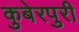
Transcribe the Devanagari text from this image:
कुबेरपुरी